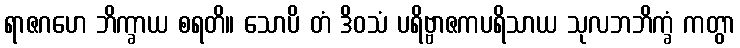
ရာဇဂဟေ ဘိက္ခာယ စရတိ။ သောပိ တံ ဒိဝသံ ပရိဗ္ဗာဇကပရိသာယ သုလဘဘိက္ခံ ကတွာ